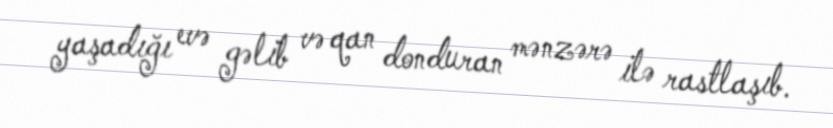
yaşadığı evə gəlib və qan donduran mənzərə ilə rastlaşıb.